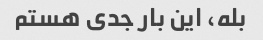
بله، این بار جدی هستم